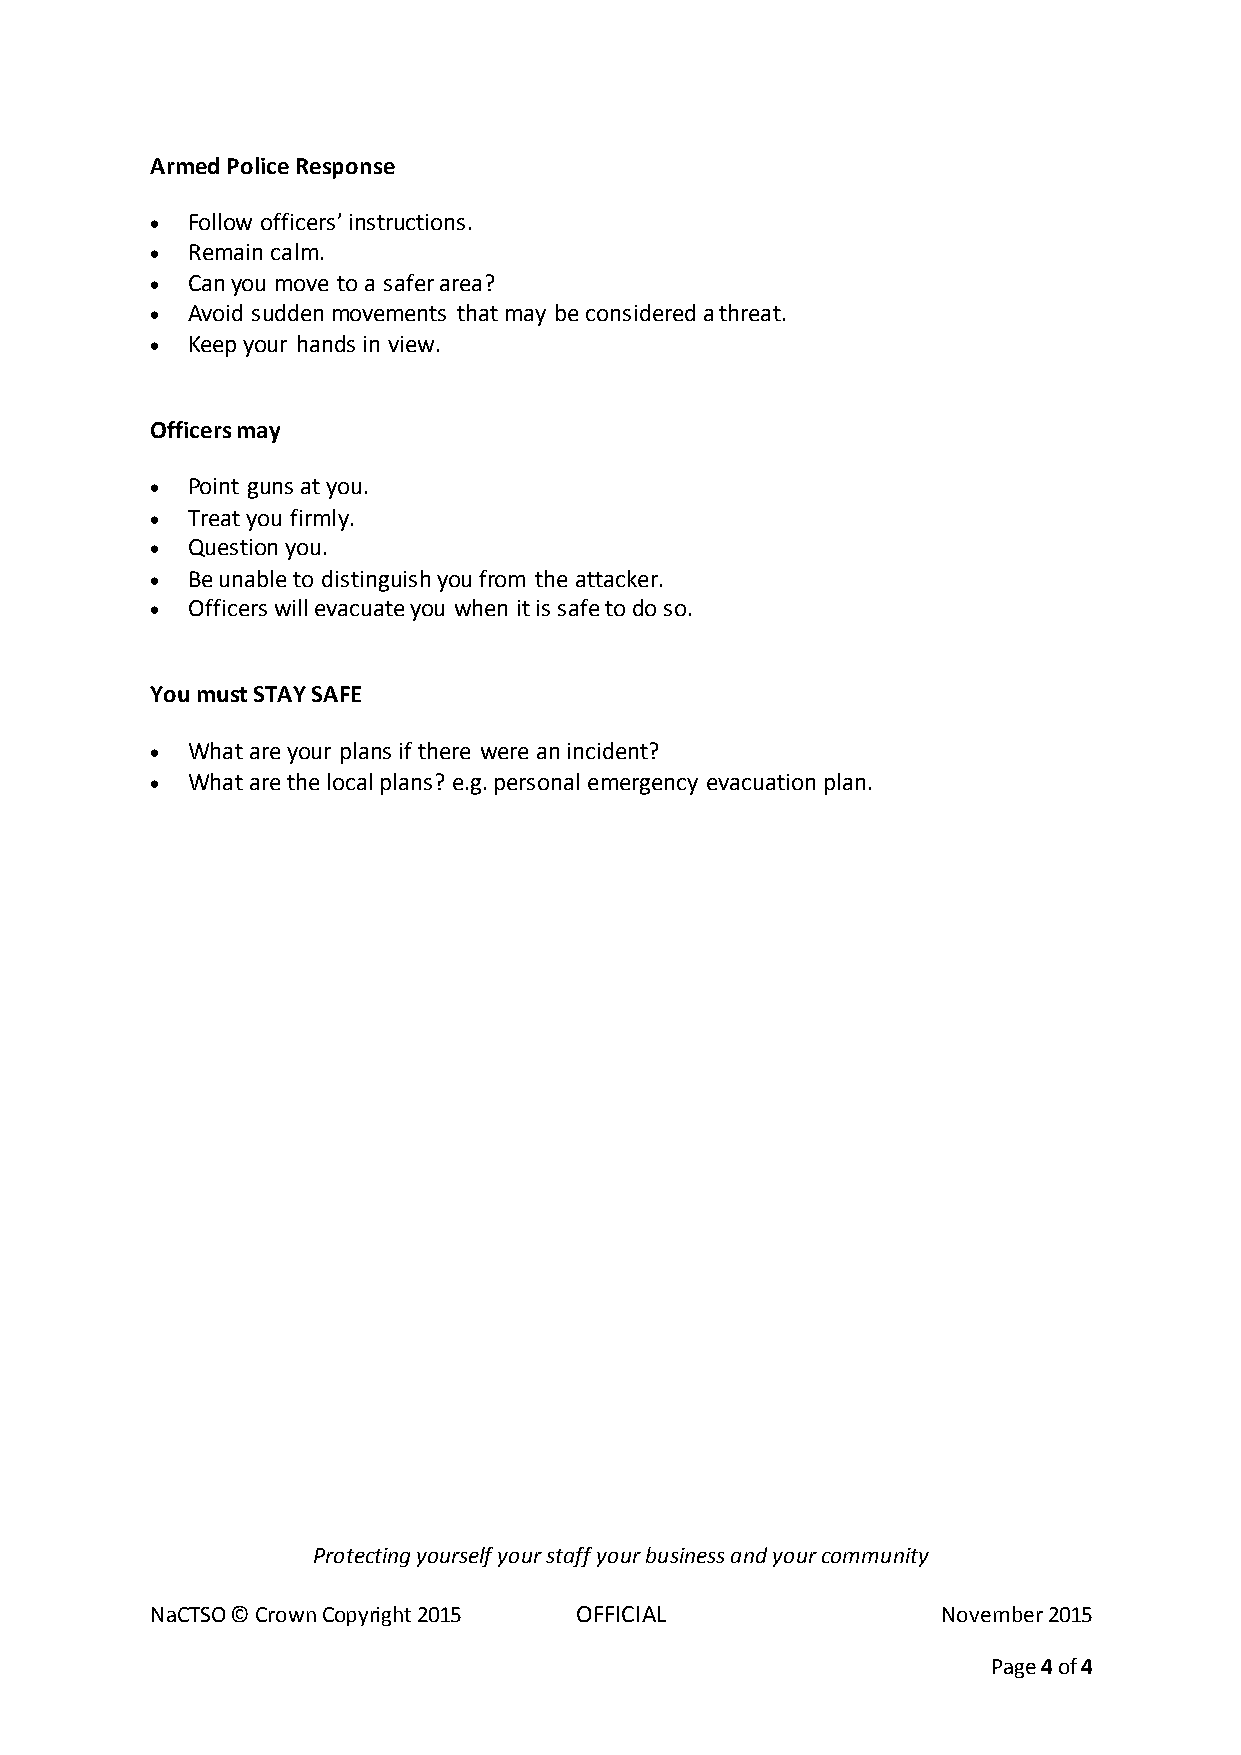
Armed Police Response
  Follow officers’ instructions.
  Remain calm.
  Can you move to a safer area?
  Avoid sudden movements that may be considered a threat.
  Keep your hands in view.
 Officers may
  Point guns at you.
  Treat you firmly.
  Question you.
  Be unable to distinguish you from the attacker.
  Officers will evacuate you when it is safe to do so.
 You must STAY SAFE
  What are your plans if there were an incident?
  What are the local plans? e.g. personal emergency evacuation plan.
 Protecting yourself your staff your business and your community
 NaCTSO © Crown Copyright 2015 OFFICIAL              November 2015
 Page 4 of 4